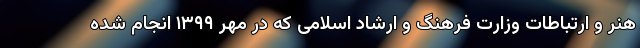
هنر و ارتباطات وزارت فرهنگ و ارشاد اسلامی که در مهر ۱۳۹۹ انجام شده